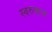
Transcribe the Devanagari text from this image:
स्वरुपाच